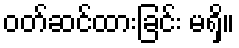
ဝတ်ဆင်ထားခြင်း မရှိ။